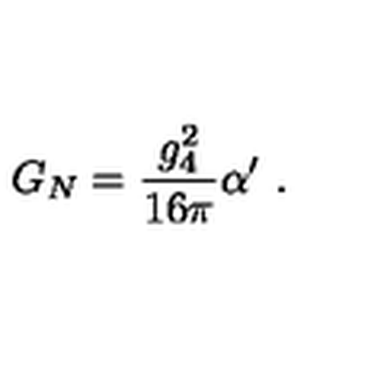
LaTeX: G _ { N } = \frac { g _ { 4 } ^ { 2 } } { 1 6 \pi } \alpha ^ { \prime } \ .